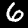
Label: 6